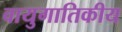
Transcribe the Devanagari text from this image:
वायुगातिकीय